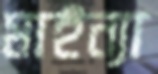
মাইন্যা